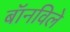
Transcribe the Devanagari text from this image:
बॉनविले